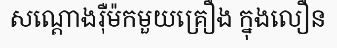
សណ្តោងរ៉ឺម៉កមួយគ្រឿង ក្នុងលឿន